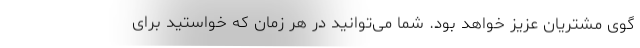
گوی مشتریان عزیز خواهد بود. شما می‌توانید در هر زمان که خواستید برای